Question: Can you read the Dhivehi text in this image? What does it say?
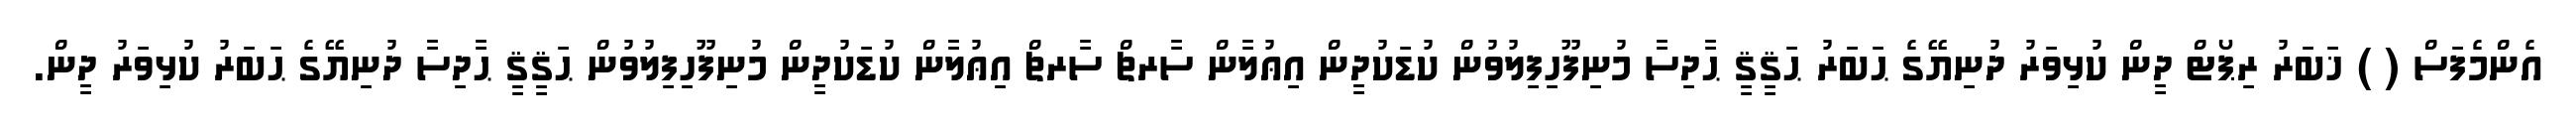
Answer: އެންމެފަސް ( ) ޚަބަރު ރިޕޯޓް ދީން ކުޅިވަރު ދުނިޔޭގެ ޙަބަރު ޙަޤީޤީ ޙާދިސާ މުނިފޫހިފިލުވުން ކުޑަކުދީން އިޢުލާން ސާރޗް ސާރޗް އިޢުލާން ކުޑަކުދީން މުނިފޫހިފިލުވުން ޙަޤީޤީ ޙާދިސާ ދުނިޔޭގެ ޙަބަރު ކުޅިވަރު ދީން.